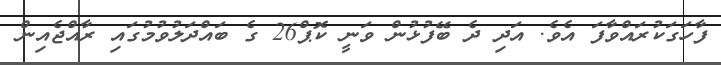
ފާހަގަކުރައްވާފަ އެވެ. އަދި ދެ ބޭފުޅުން ވަނީ ކޮޕް26 ގެ ބައްދަލުވުމުގައި ރާއްޖެއިން